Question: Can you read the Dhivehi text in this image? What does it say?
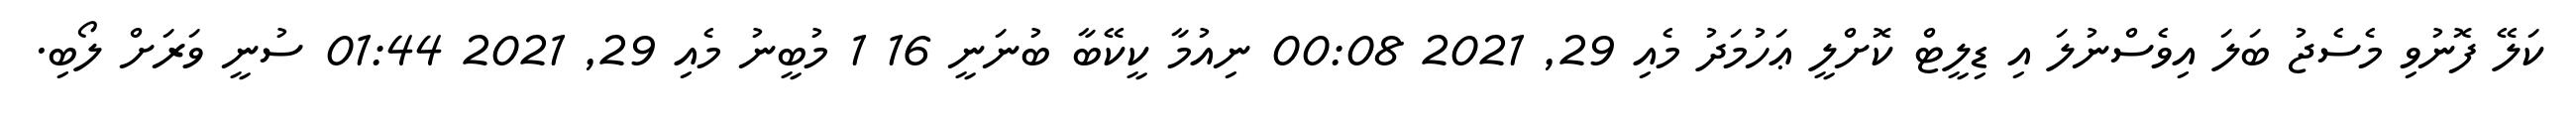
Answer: ކަލޭ ފޮނުވި މެސެޖު ބަލަ އިވެސްނުލަ އި ޑިލީޓް ކޮށްލީ ޢަހުމަދު މެއި 29, 2021 00:08 ނިއުމާ ކީކޭބާ ބުނަނީ 16 1 މުބީނު މެއި 29, 2021 01:44 ސުނީ ވަރަށް ލޯބި.